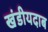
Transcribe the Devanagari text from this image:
खंडीयदाब